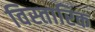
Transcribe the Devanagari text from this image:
विस्तारिक